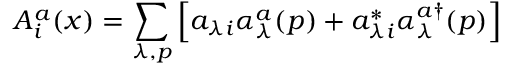
A _ { i } ^ { a } ( x ) = \sum _ { \lambda , p } \left[ a _ { \lambda i } \alpha _ { \lambda } ^ { a } ( p ) + a _ { \lambda i } ^ { * } \alpha _ { \lambda } ^ { a \dagger } ( p ) \right]